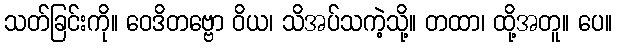
သတ်ခြင်းကို။ ဝေဒိတဗ္ဗော ဝိယ၊ သိအပ်သကဲ့သို့။ တထာ၊ ထို့အတူ။ ပေ။